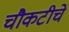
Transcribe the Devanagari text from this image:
चौकटीचे